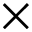
\times